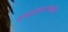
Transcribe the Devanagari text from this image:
उभयचरांमधील